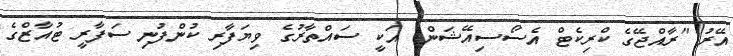
އޭރު "ރާއްޖޭގެ ކްރިކެޓް އެސޯސިއޭޝަން" އަކީ ސައްތާރުގެ ވިޔަފާރި ކުންފުނި ސަފާރީ ޓުއާޒްގެ